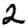
Digit: 2